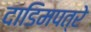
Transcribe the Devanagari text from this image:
दाडिमपत्रे